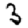
Digit: 3